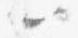
以